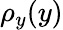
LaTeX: \rho_{y}(y)